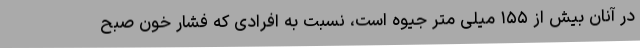
در آنان بیش از ۱۵۵ میلی متر جیوه است، نسبت به افرادی که فشار خون صبح